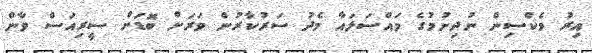
އިރު ވެކްސިން ނުދިނުމުގެ މައްސަލައާ މެދު ސަރުކާރުން ވަރަށް ބޮޑަށް ސީރިއަސް ވާން